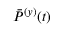
\bar { P } ^ { ( y ) } ( t )